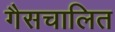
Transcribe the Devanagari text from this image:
गैसचालित